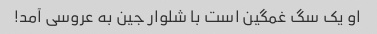
او یک سگ غمگین است با شلوار جین به عروسی آمد!